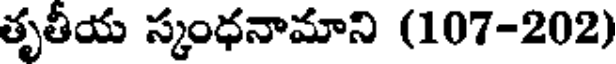
తృతీయ స్కంధనామాని (107-202)